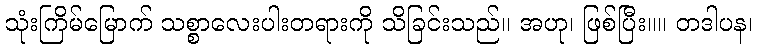
သုံးကြိမ်မြောက် သစ္စာလေးပါးတရားကို သိခြင်းသည်။ အဟု၊ ဖြစ်ပြီး။။ တဒါပန၊